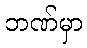
ဘဏ်မှာ